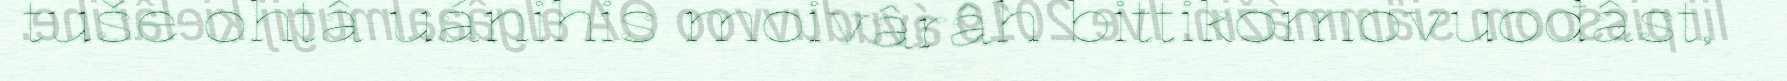
tuše ohtâ uánihis moivârâh bittikomovuođâst,